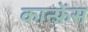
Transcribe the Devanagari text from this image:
कान्फ़्रेंस